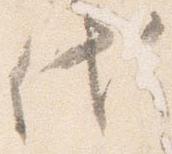
代